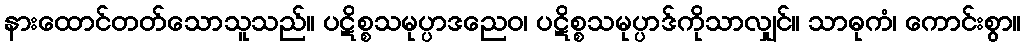
နားထောင်တတ်သောသူသည်။ ပဋိစ္စသမုပ္ပာဒညေဝ၊ ပဋိစ္စသမုပ္ပာဒ်ကိုသာလျှင်။ သာဓုကံ၊ ကောင်းစွာ။